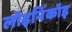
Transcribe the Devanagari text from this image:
लॉइनिंकॉइ